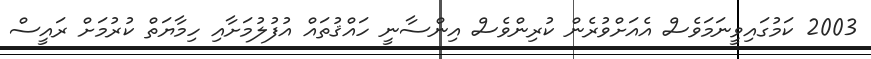
2003 ކަމުގައިވީނަމަވެސް އެއަށްވުރެން ކުރިންވެސް އިންސާނީ ހައްޤުތައް އުފުލުމަށާއި ހިމާޔަތް ކުރުމަށް ރައީސް